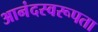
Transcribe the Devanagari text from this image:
आनंदस्वरूपता